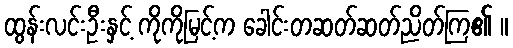
ထွန်းလင်းဦးနှင့် ကိုကိုမြင့်က ခေါင်းတဆတ်ဆတ်ညိတ်ကြ၏ ။